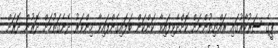
ޕީގެ ސަރުކާރުގައި ރައްޔިތުންނަށް ކޮށްދެވިފައިވާ ކަންކަން ބަލައިގެންފައިވާ މިންވަރު ދެނެގަތުމަށް ދޮރުން ދޮރަށް